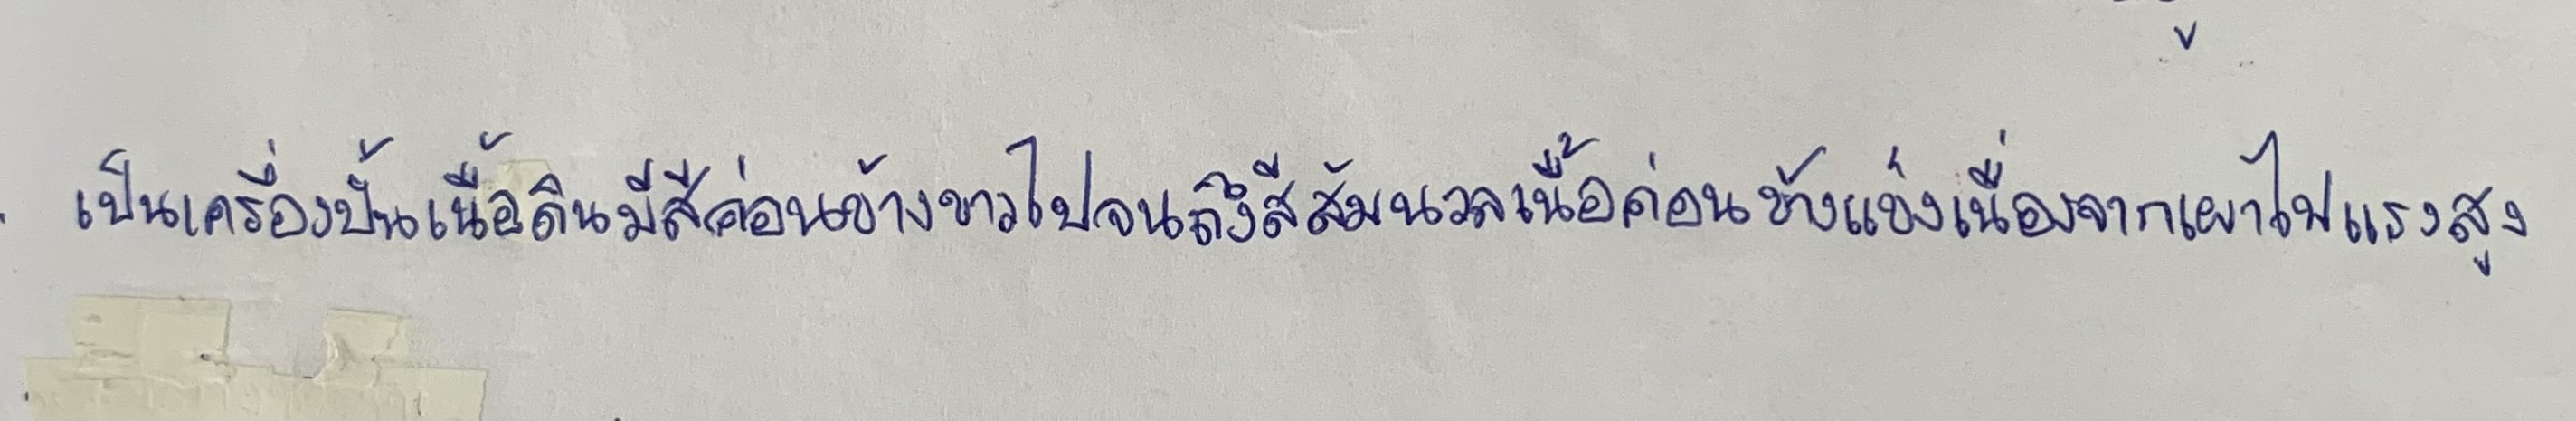
เป็นเครื่องปั้นเนื้อดินมีสีค่อนข้างขาวไปจนถึงสีส้มนวลเนื้อค่อนข้างแข็งเนื่องจากเผาไฟแรงสูง